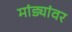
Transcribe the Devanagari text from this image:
मांड्यांवर